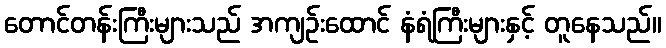
တောင်တန်းကြီးများသည် အကျဉ်းထောင် နံရံကြီးများနှင့် တူနေသည်။